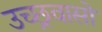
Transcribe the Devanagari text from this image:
उच्छ्रवासों